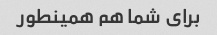
برای شما هم همینطور